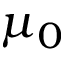
\mu _ { 0 }